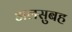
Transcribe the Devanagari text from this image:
अलसुबह